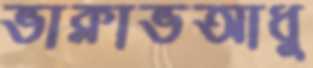
ভাক্লাভআধু